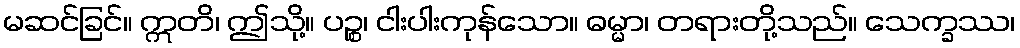
မဆင်ခြင်။ ဣတိ၊ ဤသို့။ ပဉ္စ၊ ငါးပါးကုန်သော။ ဓမ္မာ၊ တရားတို့သည်။ သေက္ခဿ၊